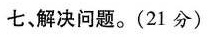
七、解决问题。(21分)